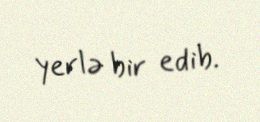
yerlə bir edib.